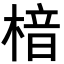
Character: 𪳀